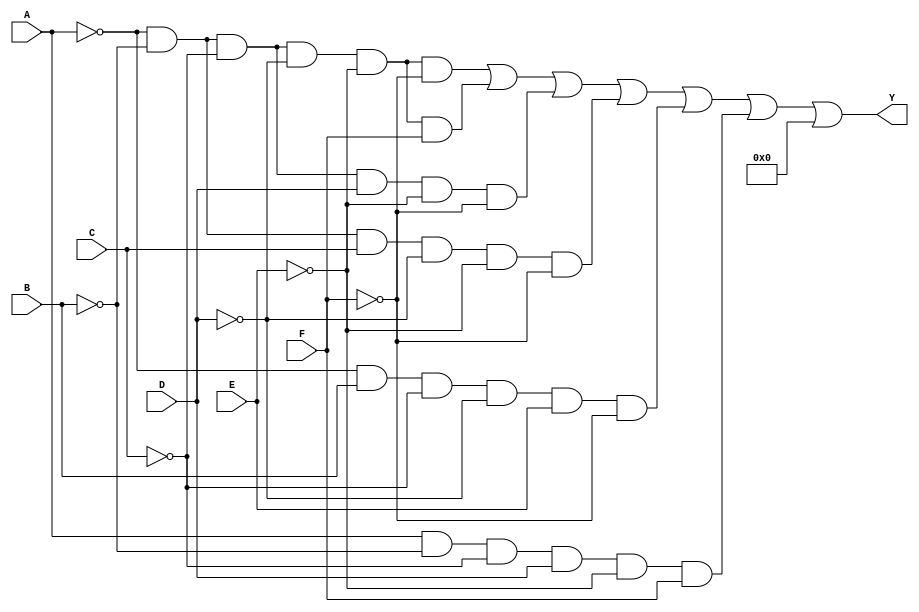
module six_variable_kmap (
    input wire A,  // First variable
    input wire B,  // Second variable
    input wire C,  // Third variable
    input wire D,  // Fourth variable
    input wire E,  // Fifth variable
    input wire F,  // Sixth variable
    output wire Y  // Output
);

// K-map representation for a six-variable function
// The output Y is derived from the K-map cells.
// This example assumes specific minterms are set to 1.
// You will need to adjust the logic according to your specific K-map.

assign Y = (
    (A == 0 && B == 0 && C == 0 && D == 0 && E == 0 && F == 0) || // m0
    (A == 0 && B == 0 && C == 0 && D == 0 && E == 0 && F == 1) || // m1
    (A == 0 && B == 0 && C == 0 && D == 1 && E == 0 && F == 0) || // m2
    (A == 0 && B == 0 && C == 1 && D == 0 && E == 0 && F == 0) || // m4
    (A == 0 && B == 1 && C == 0 && D == 0 && E == 1 && F == 0) || // m10
    (A == 1 && B == 0 && C == 0 && D == 1 && E == 0 && F == 1) || // m21
    // Add more conditions here based on your K-map and its minterms
    0 // This is a placeholder. Replace with actual conditions.
);

// Example of how to include don't-care conditions
// You can include additional terms that are don't-care (X) and optimize the output.

endmodule